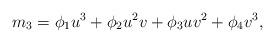
LaTeX: \begin{align*}m_3 = \phi_1 u^3 +\phi_2 u^2v + \phi_3 uv^2 + \phi_4 v^3,\end{align*}